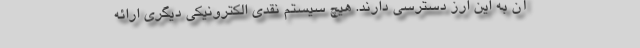
آن به این ارز دسترسی دارند. هیچ سیستم نقدی الکترونیکی دیگری ارائه